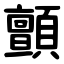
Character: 顫